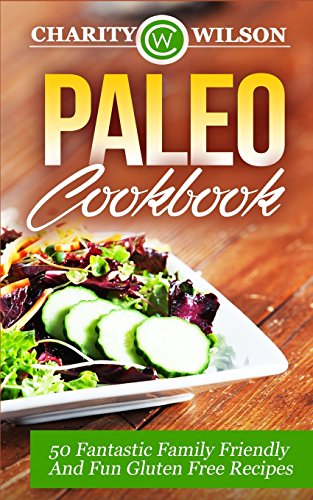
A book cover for Paleo Cookbook: 50 Fantastic Family Friendly And Fun Gluten Free Recipes; Charity Wilson; Cookbooks, Food & Wine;